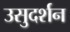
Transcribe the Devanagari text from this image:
उसुदर्शन